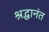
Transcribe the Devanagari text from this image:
श्रद्धानंत